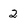
Character: 2